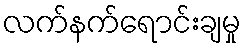
လက်နက်ရောင်းချမှု